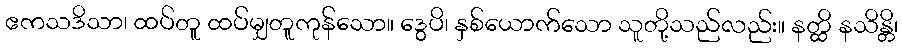
ဧကသဒိသာ၊ ထပ်တူ ထပ်မျှတူကုန်သော။ ဒွေပိ၊ နှစ်ယောက်သော သူတို့သည်လည်း။ နတ္ထိ နသိန္တိ၊